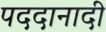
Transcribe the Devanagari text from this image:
पददानादी